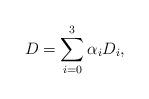
LaTeX: \begin{align*} D = \sum_{i = 0}^3 \alpha_i D_i,\end{align*}